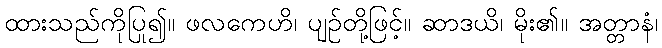
ထားသည်ကိုပြု၍။ ဖလကေဟိ၊ ပျဉ်တို့ဖြင့်။ ဆာဒယိ၊ မိုး၏။ အတ္တာနံ၊